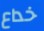
خداع